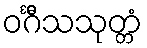
ဝင်္ဂီသသုတ္တံ